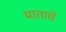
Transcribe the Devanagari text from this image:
भाताचें